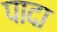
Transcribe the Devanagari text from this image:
पादा